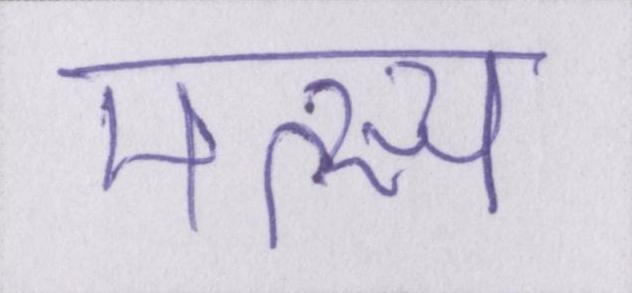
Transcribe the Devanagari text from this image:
मत्स्य